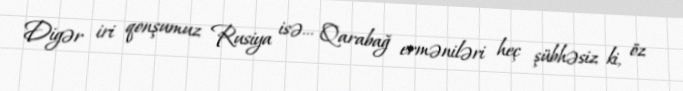
Digər iri qonşumuz Rusiya isə... Qarabağ erməniləri heç şübhəsiz ki, öz